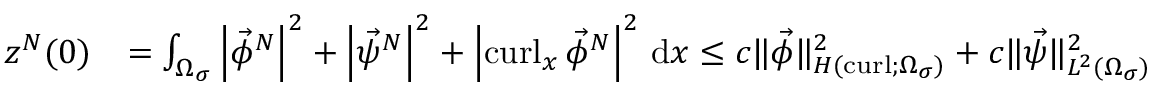
\begin{array} { r l } { z ^ { N } ( 0 ) } & { = \int _ { \Omega _ { \sigma } } \left\lvert { \vec { \phi } ^ { N } } \right\rvert ^ { 2 } + \left\lvert { \vec { \psi } ^ { N } } \right\rvert ^ { 2 } + \left\lvert { \operatorname { c u r l } _ { x } \vec { \phi } ^ { N } } \right\rvert ^ { 2 } \, \mathrm d x \leq c \| \vec { \phi } \| _ { H ( \operatorname { c u r l } ; \Omega _ { \sigma } ) } ^ { 2 } + c \| \vec { \psi } \| _ { L ^ { 2 } ( \Omega _ { \sigma } ) } ^ { 2 } } \end{array}